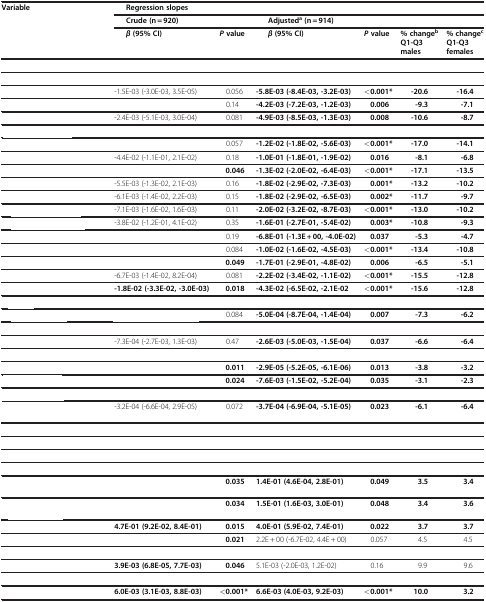
<table><thead><tr><td><b>Variable</b></td><td colspan="6"><b>Regression slopes</b></td></tr><tr><td>[EMPTY_CELL]</td><td colspan="2"><b>Crude (n = 920)</b></td><td colspan="4"><b>Adjusted<sup>a</sup>(n = 914)</b></td></tr></thead><tbody><tr><td>[EMPTY_CELL]</td><td><b><i>β</i></b><b>(95% CI)</b></td><td><b><i>P</i></b><b>value</b></td><td><b><i>β</i></b><b>(95% CI)</b></td><td><b><i>P</i></b><b>value</b></td><td><b>% change</b><sup><b>b</b></sup><b>Q1-Q3 males</b></td><td><b>% change</b><sup><b>c</b></sup><b>Q1-Q3 females</b></td></tr><tr><td colspan="7">[EMPTY_CELL]</td></tr><tr><td colspan="7">[EMPTY_CELL]</td></tr><tr><td>[EMPTY_CELL]</td><td>-1.5E-03 (-3.0E-03, 3.5E-05)</td><td>0.056</td><td><b>-5.8E-03 (-8.4E-03, -3.2E-03)</b></td><td><b>&lt;0.001*</b></td><td><b>-20.6</b></td><td><b>-16.4</b></td></tr><tr><td>[EMPTY_CELL]</td><td>[EMPTY_CELL]</td><td>0.14</td><td><b>-4.2E-03 (-7.2E-03, -1.2E-03)</b></td><td><b>0.006</b></td><td><b>-9.3</b></td><td><b>-7.1</b></td></tr><tr><td>[EMPTY_CELL]</td><td>-2.4E-03 (-5.1E-03, 3.0E-04)</td><td>0.081</td><td><b>-4.9E-03 (-8.5E-03, -1.3E-03)</b></td><td><b>0.008</b></td><td><b>-10.6</b></td><td><b>-8.7</b></td></tr><tr><td colspan="7">[EMPTY_CELL]</td></tr><tr><td>[EMPTY_CELL]</td><td>[EMPTY_CELL]</td><td>0.057</td><td><b>-1.2E-02 (-1.8E-02, -5.6E-03)</b></td><td><b>&lt;0.001*</b></td><td><b>-17.0</b></td><td><b>-14.1</b></td></tr><tr><td>[EMPTY_CELL]</td><td>-4.4E-02 (-1.1E-01, 2.1E-02)</td><td>0.18</td><td><b>-1.0E-01 (-1.8E-01, -1.9E-02)</b></td><td><b>0.016</b></td><td><b>-8.1</b></td><td><b>-6.8</b></td></tr><tr><td>[EMPTY_CELL]</td><td>[EMPTY_CELL]</td><td><b>0.046</b></td><td><b>-1.3E-02 (-2.0E-02, -6.4E-03)</b></td><td><b>&lt;0.001*</b></td><td><b>-17.1</b></td><td><b>-13.5</b></td></tr><tr><td>[EMPTY_CELL]</td><td>-5.5E-03 (-1.3E-02, 2.1E-03)</td><td>0.16</td><td><b>-1.8E-02 (-2.9E-02, -7.3E-03)</b></td><td><b>0.001*</b></td><td><b>-13.2</b></td><td><b>-10.2</b></td></tr><tr><td>[EMPTY_CELL]</td><td>-6.1E-03 (-1.4E-02, 2.2E-03)</td><td>0.15</td><td><b>-1.8E-02 (-2.9E-02, -6.5E-03)</b></td><td><b>0.002*</b></td><td><b>-11.7</b></td><td><b>-9.7</b></td></tr><tr><td>[EMPTY_CELL]</td><td>-7.1E-03 (-1.6E-02, 1.6E-03)</td><td>0.11</td><td><b>-2.0E-02 (-3.2E-02, -8.7E-03)</b></td><td><b>&lt;0.001*</b></td><td><b>-13.0</b></td><td><b>-10.2</b></td></tr><tr><td>[EMPTY_CELL]</td><td>-3.8E-02 (-1.2E-01, 4.1E-02)</td><td>0.35</td><td><b>-1.6E-01 (-2.7E-01, -5.4E-02)</b></td><td><b>0.003*</b></td><td><b>-10.8</b></td><td><b>-9.3</b></td></tr><tr><td>[EMPTY_CELL]</td><td>[EMPTY_CELL]</td><td>0.19</td><td><b>-6.8E-01 (-1.3E + 00, -4.0E-02)</b></td><td><b>0.037</b></td><td><b>-5.3</b></td><td><b>-4.7</b></td></tr><tr><td>[EMPTY_CELL]</td><td>[EMPTY_CELL]</td><td>0.084</td><td><b>-1.0E-02 (-1.6E-02, -4.5E-03)</b></td><td><b>&lt;0.001*</b></td><td><b>-13.4</b></td><td><b>-10.8</b></td></tr><tr><td>[EMPTY_CELL]</td><td>[EMPTY_CELL]</td><td><b>0.049</b></td><td><b>-1.7E-01 (-2.9E-01, -4.8E-02)</b></td><td><b>0.006</b></td><td><b>-6.5</b></td><td><b>-5.1</b></td></tr><tr><td>[EMPTY_CELL]</td><td>-6.7E-03 (-1.4E-02, 8.2E-04)</td><td>0.081</td><td><b>-2.2E-02 (-3.4E-02, -1.1E-02)</b></td><td><b>&lt;0.001*</b></td><td><b>-15.5</b></td><td><b>-12.8</b></td></tr><tr><td>[EMPTY_CELL]</td><td><b>-1.8E-02 (-3.3E-02, -3.0E-03)</b></td><td><b>0.018</b></td><td><b>-4.3E-02 (-6.5E-02, -2.1E-02</b></td><td><b>&lt;0.001*</b></td><td><b>-15.6</b></td><td><b>-12.8</b></td></tr><tr><td colspan="7">[EMPTY_CELL]</td></tr><tr><td>[EMPTY_CELL]</td><td>[EMPTY_CELL]</td><td>0.084</td><td><b>-5.0E-04 (-8.7E-04, -1.4E-04)</b></td><td><b>0.007</b></td><td><b>-7.3</b></td><td><b>-6.2</b></td></tr><tr><td colspan="7">[EMPTY_CELL]</td></tr><tr><td>[EMPTY_CELL]</td><td>-7.3E-04 (-2.7E-03, 1.3E-03)</td><td>0.47</td><td><b>-2.6E-03 (-5.0E-03, -1.5E-04)</b></td><td><b>0.037</b></td><td><b>-6.6</b></td><td><b>-6.4</b></td></tr><tr><td colspan="7">[EMPTY_CELL]</td></tr><tr><td>[EMPTY_CELL]</td><td>[EMPTY_CELL]</td><td><b>0.011</b></td><td><b>-2.9E-05 (-5.2E-05, -6.1E-06)</b></td><td><b>0.013</b></td><td><b>-3.8</b></td><td><b>-3.2</b></td></tr><tr><td>[EMPTY_CELL]</td><td>[EMPTY_CELL]</td><td><b>0.024</b></td><td><b>-7.6E-03 (-1.5E-02, -5.2E-04)</b></td><td><b>0.035</b></td><td><b>-3.1</b></td><td><b>-2.3</b></td></tr><tr><td colspan="7">[EMPTY_CELL]</td></tr><tr><td>[EMPTY_CELL]</td><td>-3.2E-04 (-6.6E-04, 2.9E-05)</td><td>0.072</td><td><b>-3.7E-04 (-6.9E-04, -5.1E-05)</b></td><td><b>0.023</b></td><td><b>-6.1</b></td><td><b>-6.4</b></td></tr><tr><td colspan="7">[EMPTY_CELL]</td></tr><tr><td colspan="7">[EMPTY_CELL]</td></tr><tr><td colspan="7">[EMPTY_CELL]</td></tr><tr><td colspan="7">[EMPTY_CELL]</td></tr><tr><td>[EMPTY_CELL]</td><td>[EMPTY_CELL]</td><td><b>0.035</b></td><td><b>1.4E-01 (4.6E-04, 2.8E-01)</b></td><td><b>0.049</b></td><td><b>3.5</b></td><td><b>3.4</b></td></tr><tr><td>[EMPTY_CELL]</td><td>[EMPTY_CELL]</td><td><b>0.034</b></td><td><b>1.5E-01 (1.6E-03, 3.0E-01)</b></td><td><b>0.048</b></td><td><b>3.4</b></td><td><b>3.6</b></td></tr><tr><td>[EMPTY_CELL]</td><td><b>4.7E-01 (9.2E-02, 8.4E-01)</b></td><td><b>0.015</b></td><td><b>4.0E-01 (5.9E-02, 7.4E-01)</b></td><td><b>0.022</b></td><td><b>3.7</b></td><td><b>3.7</b></td></tr><tr><td>[EMPTY_CELL]</td><td>[EMPTY_CELL]</td><td><b>0.021</b></td><td>2.2E + 00 (-6.7E-02, 4.4E + 00)</td><td>0.057</td><td>4.5</td><td>4.5</td></tr><tr><td colspan="7">[EMPTY_CELL]</td></tr><tr><td>[EMPTY_CELL]</td><td><b>3.9E-03 (6.8E-05, 7.7E-03)</b></td><td><b>0.046</b></td><td>5.1E-03 (-2.0E-03, 1.2E-02)</td><td>0.16</td><td>9.9</td><td>9.6</td></tr><tr><td colspan="7">[EMPTY_CELL]</td></tr><tr><td>[EMPTY_CELL]</td><td><b>6.0E-03 (3.1E-03, 8.8E-03)</b></td><td><b>&lt;0.001*</b></td><td><b>6.6E-03 (4.0E-03, 9.2E-03)</b></td><td><b>&lt;0.001*</b></td><td><b>10.0</b></td><td><b>3.2</b></td></tr></tbody></table>